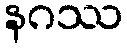
နဂဿ